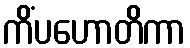
ကိံပဟောတိကာ